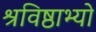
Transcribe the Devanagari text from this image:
श्रविष्ठाभ्यो